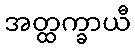
အတ္ထက္ခာယီ